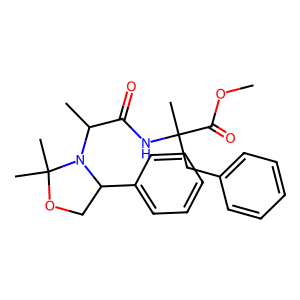
SMILES: COC(=O)C(C)(Cc1ccccc1)NC(=O)C(C)N1C(c2ccccc2)COC1(C)C
Inhibits HIV replication: No